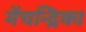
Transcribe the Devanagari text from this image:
मेंचन्द्रिका